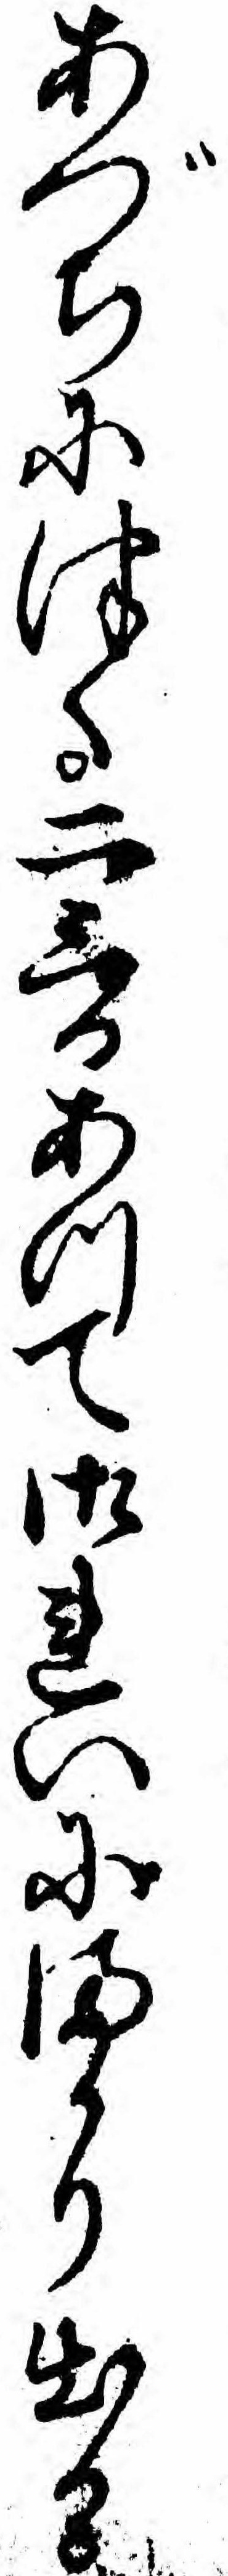
あづちにつく二三日あつて御れいにまかり出る